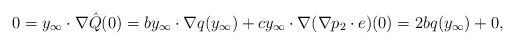
LaTeX: \begin{align*} 0 &= y_\infty\cdot\nabla\hat{Q}(0) = by_\infty\cdot\nabla q(y_\infty) + cy_\infty\cdot\nabla(\nabla p_2\cdot e)(0) = 2bq(y_\infty) + 0,\end{align*}